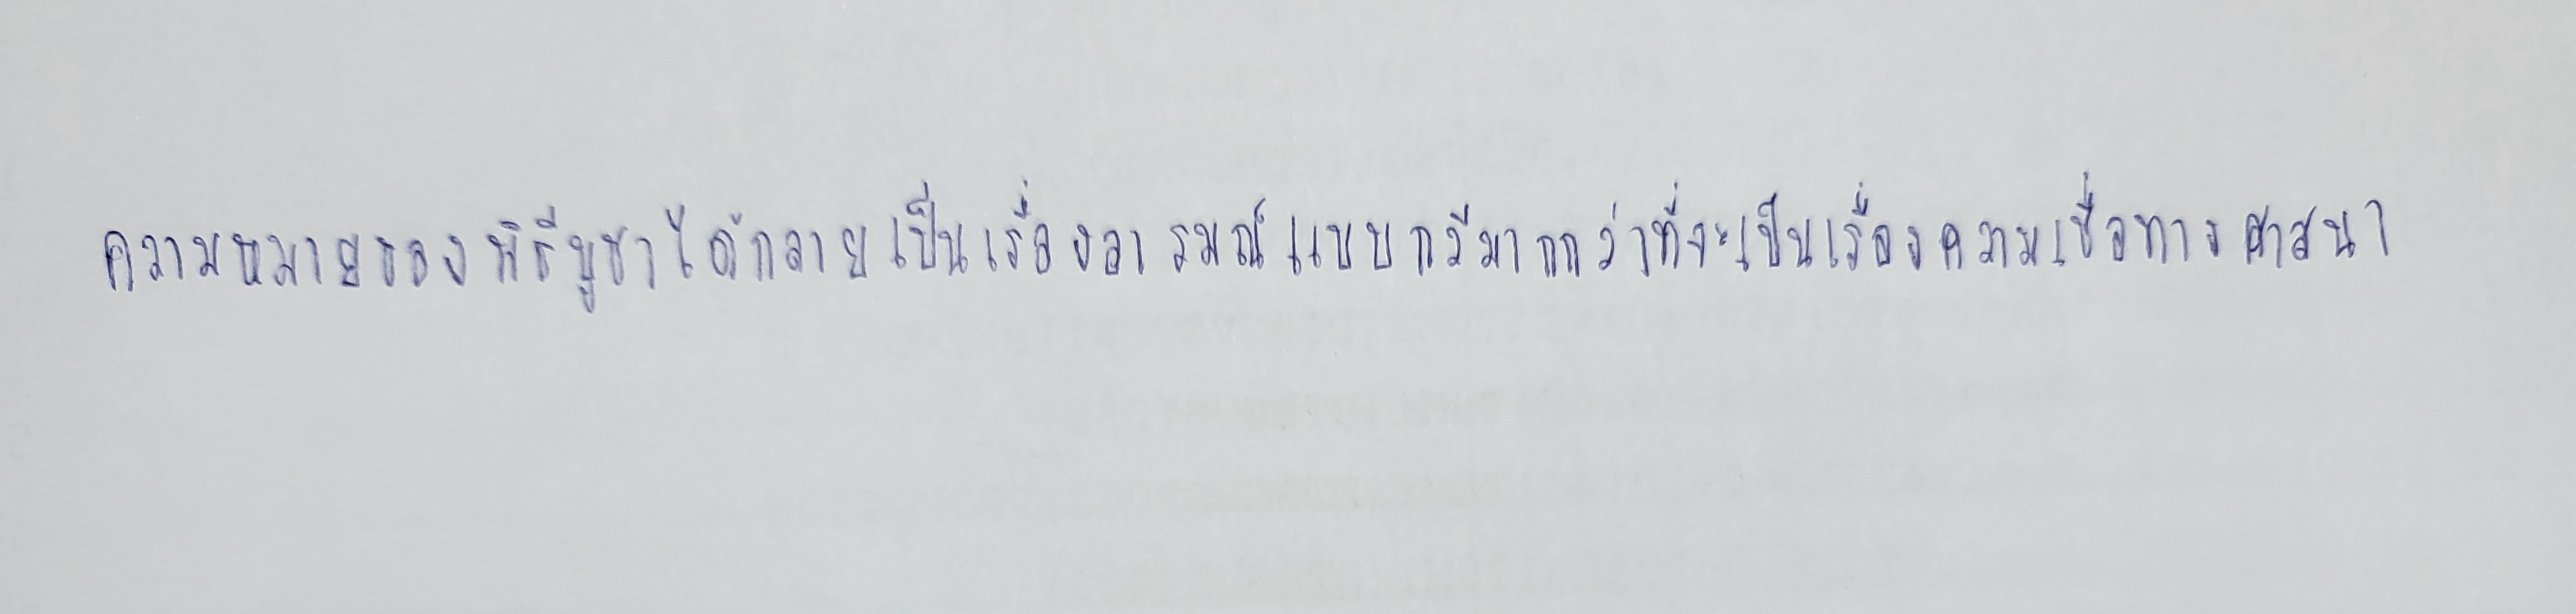
ความหมายของพิธีบูชาได้กลายเป็นเรื่องอารมณ์แบบกวีมากกว่าที่จะเป็นเรื่องความเชื่อทางศาสนา